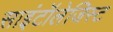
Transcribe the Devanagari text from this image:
साइंटॉलेजिस्ट